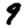
Digit: 9